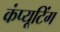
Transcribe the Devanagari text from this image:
कंप्‍यूटिंग